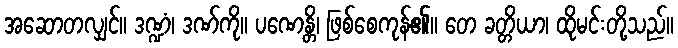
အဆောတလျှင်။ ဒဏ္ဍံ၊ ဒဏ်ကို။ ပဏေန္တိ၊ ဖြစ်စေကုန်၏။ တေ ခတ္တိယာ၊ ထိုမင်းတို့သည်။